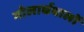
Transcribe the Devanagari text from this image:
गोलार्धवालों